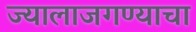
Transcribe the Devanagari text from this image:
ज्यालाजगण्याचा